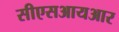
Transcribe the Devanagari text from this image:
सीएसआयआर